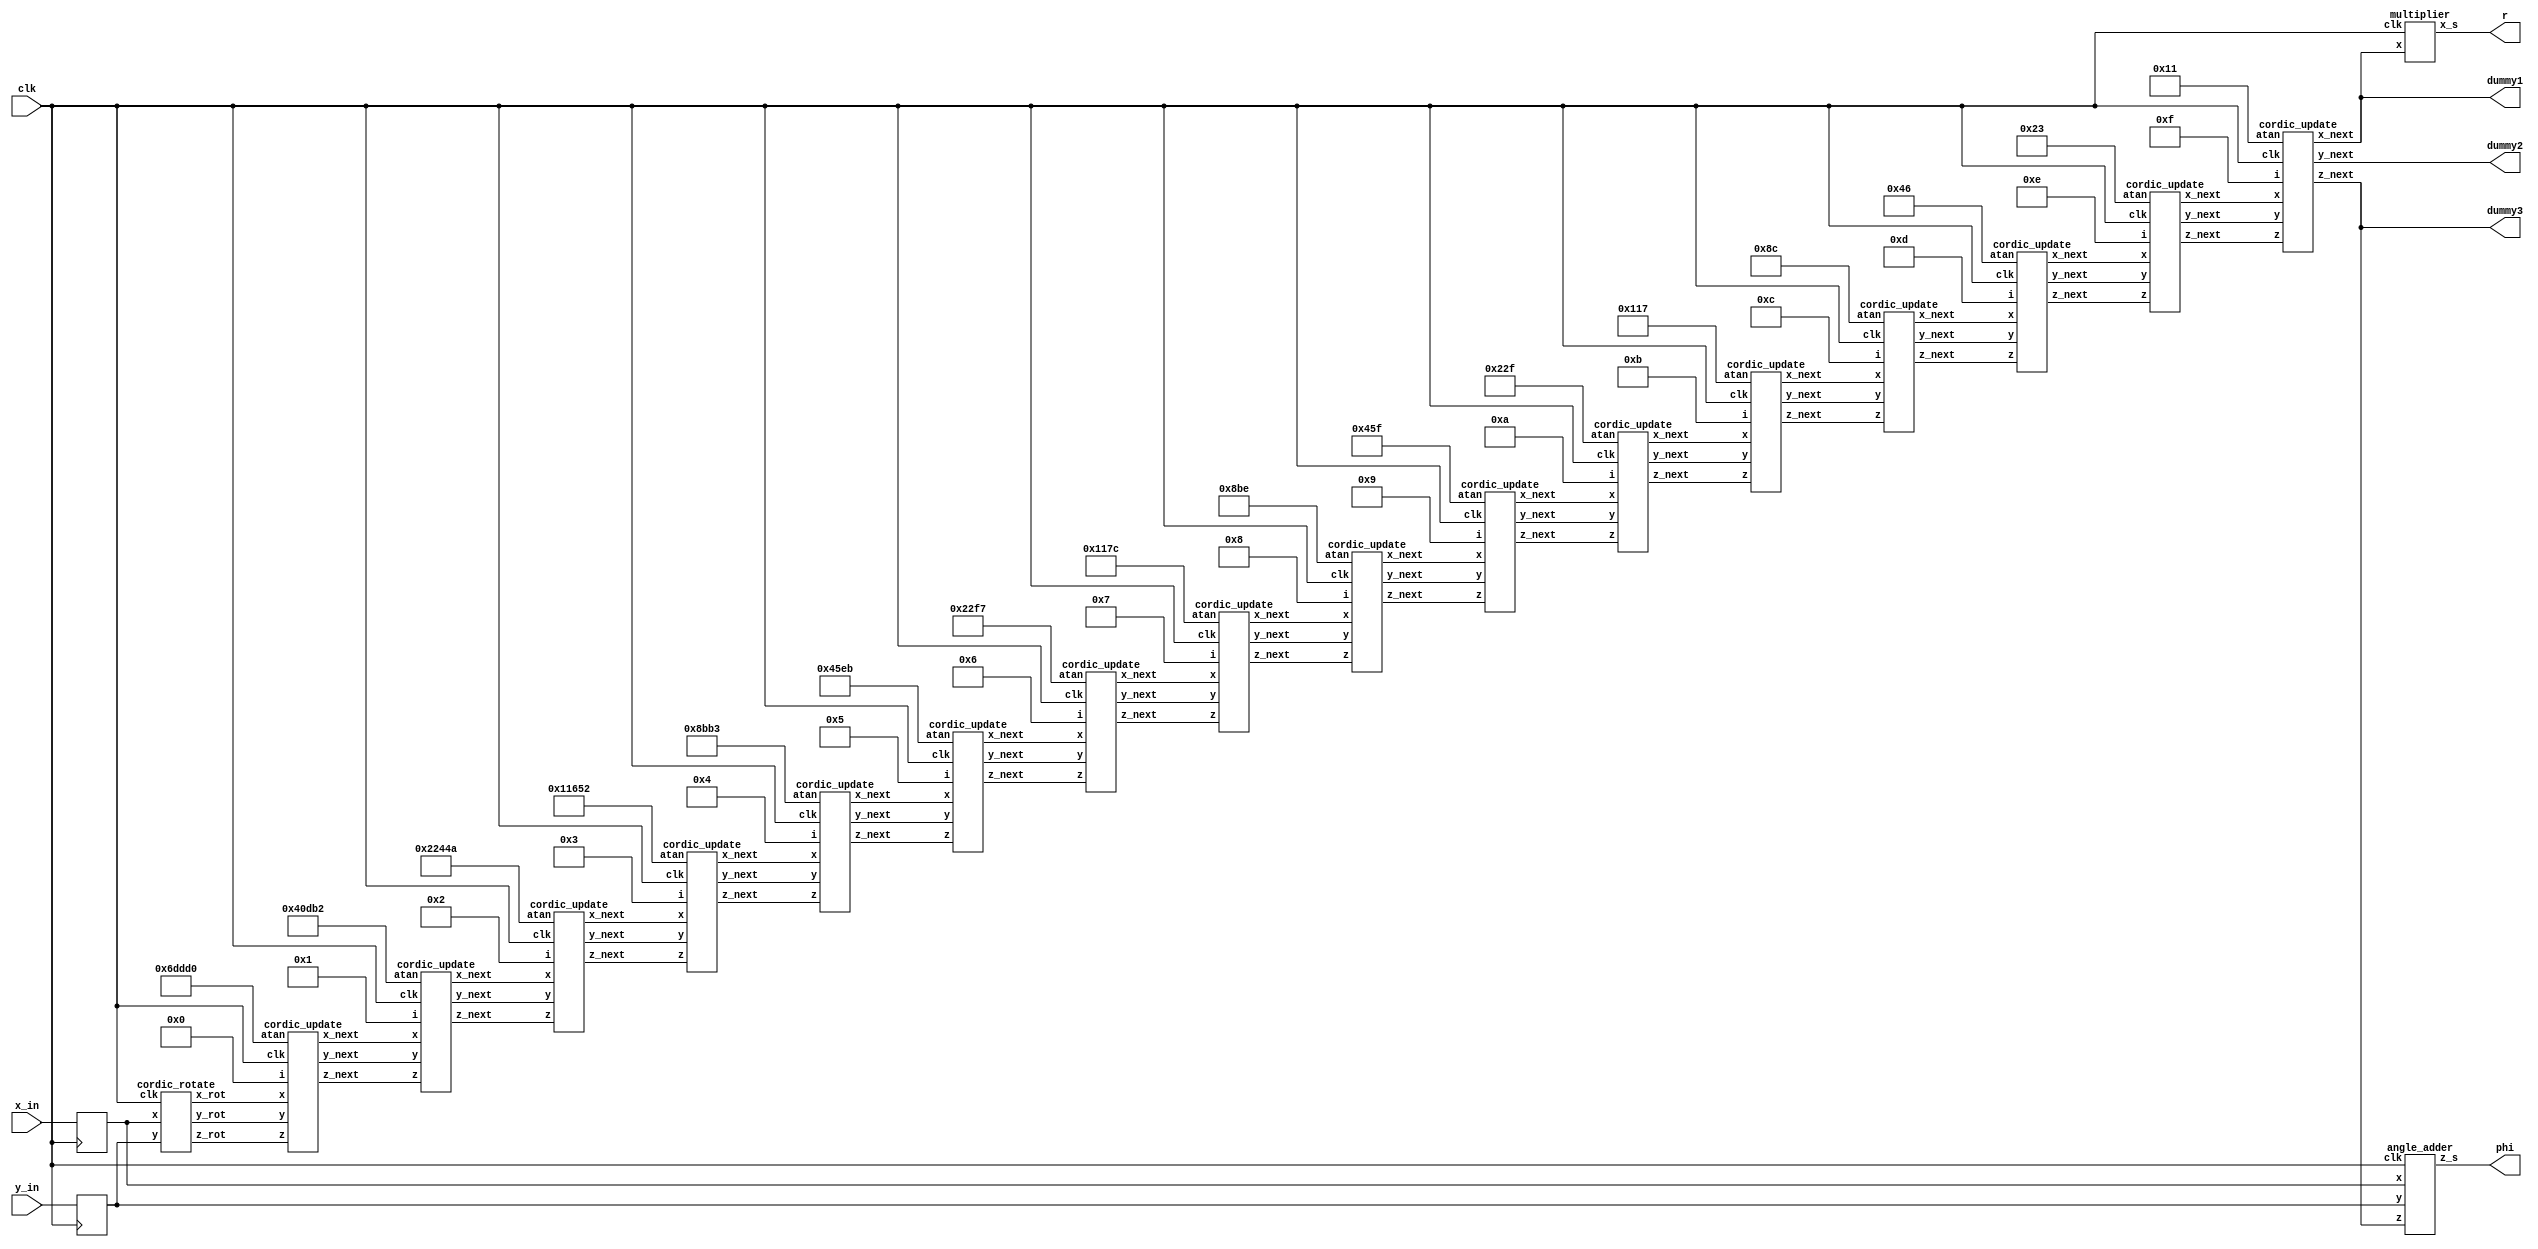
`timescale 1ns / 1ps
//////////////////////////////////////////////////////////////////////////////////
// Company: IIT MADRAS
// 
// Design Name: 
// Module Name: cordic
// Project Name: 
// Target Devices: 
// Tool Versions: 
// Description: 
// 
// Dependencies: 
// 
// Revision:
// Revision 0.01 - File Created
// Additional Comments:
// 
//////////////////////////////////////////////////////////////////////////////////


module cordic(input clk ,
              input signed [7:0] x_in ,
              input signed [7:0] y_in ,
              output signed [31:0] r ,
              output signed [31:0] phi , 
              output signed [31:0] dummy1,
              output signed [31:0] dummy2,
              output signed [31:0] dummy3);
              
    wire signed [31:0] xc [15:0];
    wire signed [31:0] yc [15:0];
    wire signed [31:0] zc [15:0];
    wire signed [31:0] x_sh ,y_sh;
    wire signed [31:0] x_s,z_s;
    
    reg signed [7:0] x,y;
    reg [31:0] z = 32'd0;
    wire signed [31:0] x_rot,y_rot,z_rot;          
    wire signed [31:0] atan0, atan1, atan2, atan3, atan4, atan5, atan6, atan7;
    wire signed [31:0] atan8, atan9, atan10, atan11, atan12, atan13, atan14, atan15;
    
      assign atan0 = 32'd450000;
	  assign atan1 = 32'd265650;
	  assign atan2 = 32'd140362;
	  assign atan3 = 32'd71250;
	  assign atan4 = 32'd35763;
	  assign atan5 = 32'd17899;
	  assign atan6 = 32'd8951;
	  assign atan7 = 32'd4476;
	  assign atan8 = 32'd2238;
	  assign atan9 = 32'd1119;
	  assign atan10 = 32'd559;
	  assign atan11 = 32'd279;
	  assign atan12 = 32'd140;
	  assign atan13 = 32'd70;
	  assign atan14 = 32'd35;
	  assign atan15 = 32'd17;
	
	always @(posedge clk)
	   begin
	       x <= x_in;
	       y <= y_in;
	       z <= 32'd0;
	   end
	
	cordic_rotate rotation(.clk(clk), .x(x), .y(y), .x_rot(x_rot), .y_rot(y_rot), .z_rot(z_rot));   
	
	cordic_update  cordic0(.clk(clk), .i(5'd0), .x(x_rot), .y(y_rot), .z(z_rot), .atan(atan0), .x_next(xc[0]), .y_next(yc[0]), .z_next(zc[0]));
	cordic_update  cordic1(.clk(clk), .i(5'd1), .x(xc[0]), .y(yc[0]), .z(zc[0]), .atan(atan1), .x_next(xc[1]), .y_next(yc[1]), .z_next(zc[1]));
	cordic_update  cordic2(.clk(clk), .i(5'd2), .x(xc[1]), .y(yc[1]), .z(zc[1]), .atan(atan2), .x_next(xc[2]), .y_next(yc[2]), .z_next(zc[2]));
	cordic_update  cordic3(.clk(clk), .i(5'd3), .x(xc[2]), .y(yc[2]), .z(zc[2]), .atan(atan3), .x_next(xc[3]), .y_next(yc[3]), .z_next(zc[3]));
	cordic_update  cordic4(.clk(clk), .i(5'd4), .x(xc[3]), .y(yc[3]), .z(zc[3]), .atan(atan4), .x_next(xc[4]), .y_next(yc[4]), .z_next(zc[4]));
	cordic_update  cordic5(.clk(clk), .i(5'd5), .x(xc[4]), .y(yc[4]), .z(zc[4]), .atan(atan5), .x_next(xc[5]), .y_next(yc[5]), .z_next(zc[5]));
	cordic_update  cordic6(.clk(clk), .i(5'd6), .x(xc[5]), .y(yc[5]), .z(zc[5]), .atan(atan6), .x_next(xc[6]), .y_next(yc[6]), .z_next(zc[6]));
	cordic_update  cordic7(.clk(clk), .i(5'd7), .x(xc[6]), .y(yc[6]), .z(zc[6]), .atan(atan7), .x_next(xc[7]), .y_next(yc[7]), .z_next(zc[7]));
	cordic_update  cordic8(.clk(clk), .i(5'd8), .x(xc[7]), .y(yc[7]), .z(zc[7]), .atan(atan8), .x_next(xc[8]), .y_next(yc[8]), .z_next(zc[8]));
	cordic_update  cordic9(.clk(clk), .i(5'd9), .x(xc[8]), .y(yc[8]), .z(zc[8]), .atan(atan9), .x_next(xc[9]), .y_next(yc[9]), .z_next(zc[9]));
	cordic_update  cordic10(.clk(clk), .i(5'd10), .x(xc[9]), .y(yc[9]), .z(zc[9]), .atan(atan10), .x_next(xc[10]), .y_next(yc[10]), .z_next(zc[10]));
	cordic_update  cordic11(.clk(clk), .i(5'd11), .x(xc[10]), .y(yc[10]), .z(zc[10]), .atan(atan11), .x_next(xc[11]), .y_next(yc[11]), .z_next(zc[11]));
	cordic_update  cordic12(.clk(clk), .i(5'd12), .x(xc[11]), .y(yc[11]), .z(zc[11]), .atan(atan12), .x_next(xc[12]), .y_next(yc[12]), .z_next(zc[12]));
	cordic_update  cordic13(.clk(clk), .i(5'd13), .x(xc[12]), .y(yc[12]), .z(zc[12]), .atan(atan13), .x_next(xc[13]), .y_next(yc[13]), .z_next(zc[13]));
	cordic_update  cordic14(.clk(clk), .i(5'd14), .x(xc[13]), .y(yc[13]), .z(zc[13]), .atan(atan14), .x_next(xc[14]), .y_next(yc[14]), .z_next(zc[14]));
    cordic_update  cordic15(.clk(clk), .i(5'd15), .x(xc[14]), .y(yc[14]), .z(zc[14]), .atan(atan15), .x_next(xc[15]), .y_next(yc[15]), .z_next(zc[15]));
    
    multiplier m1(.clk(clk), .x(xc[15]), .x_s(x_s));
    
    angle_adder a1(.clk(clk), .x(x), .y(y), .z(zc[15]), .z_s(z_s));
    
    assign dummy1 = xc[15];
    assign dummy2 = yc[15];
    assign dummy3 = zc[15];
    
    assign r = x_s;
	assign phi = z_s;
              
endmodule

module cordic_rotate(input clk ,
                     input signed [7:0] x,
                     input signed [7:0] y,
                     output reg signed [31:0] x_rot,
                     output reg signed [31:0] y_rot,
                     output reg signed [31:0] z_rot);
                     
    always @(posedge clk)
        begin
            if( x < 0 && y >= 0 )
                begin
                    x_rot = y*10000;
                    y_rot = -x*10000;
                    z_rot = -900000;
                end
            else if( x < 0 && y < 0 )
                begin
                    x_rot = -y*10000;
                    y_rot = x*10000;
                    z_rot = 900000;                    
                end
            else
                begin
                    x_rot = x*10000;
                    y_rot = y*10000;
                    z_rot = 0;                                        
                end
        end
endmodule

module cordic_update(input clk ,
                     input signed [4:0] i,
                     input signed [31:0] x,
                     input signed [31:0] y,
                     input signed [31:0] z,
                     input signed [31:0] atan,
                     output reg signed [31:0] x_next,
                     output reg signed [31:0] y_next,
                     output reg signed [31:0] z_next);
                     
    always @(posedge clk)
        begin
            x_next = x +{ y > 0 ? (y >>> i) : -(y >>> i)};
            y_next = y +{ y > 0 ? -(x >>> i) : (x >>> i)};
            z_next = z +{ y > 0 ? atan : -atan};
        end
endmodule

module multiplier(input clk,
                  input signed [31:0] x, 
                  output reg signed [31:0] x_s);

    always @(*) 
        begin
            x_s = {x[31],x[31:1]} + {{3{x[31]}},x[31:3]} - {{6{x[31]}},x[31:6]} - {{9{x[31]}},x[31:9]};
        end
endmodule

module angle_adder(input clk ,
             input signed [7:0] x,
             input signed [7:0] y,
             input signed [31:0] z,
             output reg signed [31:0] z_s);
                     
    always @(*)
        begin
            if( x < 0 && y >= 0 )
                begin
                    z_s = z+1800000;
                end
            else if( x < 0 && y < 0 )
                begin
                    z_s = z-1800000;                    
                end
            else
                begin
                    z_s = z;                                        
                end
        end
endmodule